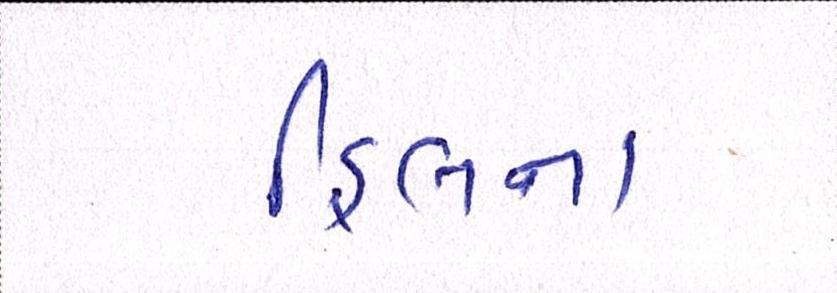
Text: હિલના